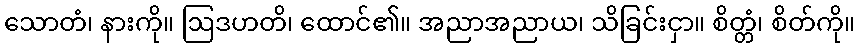
သောတံ၊ နားကို။ ဩဒဟတိ၊ ထောင်၏။ အညာအညာယ၊ သိခြင်းငှာ။ စိတ္တံ၊ စိတ်ကို။